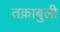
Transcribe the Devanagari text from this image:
तक़ाबुली